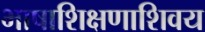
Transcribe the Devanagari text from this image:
भाषाशिक्षणाशिवय